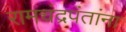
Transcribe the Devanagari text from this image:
रामचंद्रपंतांना